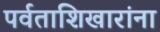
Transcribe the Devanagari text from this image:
पर्वताशिखारांना